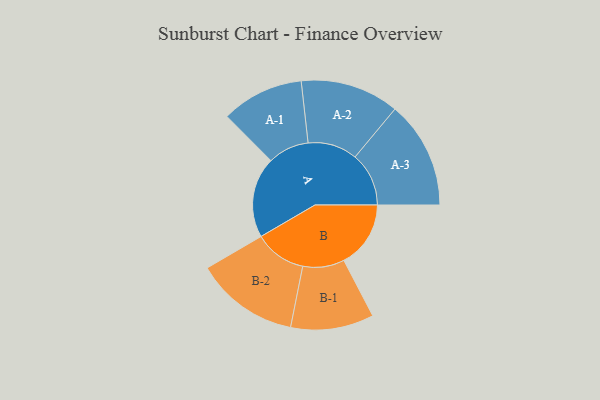
{"axis": {"x": "Segment", "y": "Value"}, "legend": ["", "A", "B"], "data": [{"x": "A", "y": 431, "type": ""}, {"x": "B", "y": 357, "type": ""}, {"x": "A-1", "y": 220, "type": "A"}, {"x": "A-2", "y": 264, "type": "A"}, {"x": "A-3", "y": 287, "type": "A"}, {"x": "B-1", "y": 222, "type": "B"}, {"x": "B-2", "y": 277, "type": "B"}]}